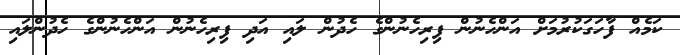
ކަމެއް ފާހަގަކުރުމަށް އަންހެނުން ފިރިހެނުންގެ ހެދުން ލައި އަދި ފިރިހެނުން އަންހެނުންގެ ހެދުންލައި